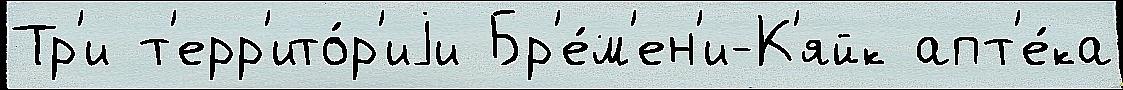
Тр'и т'ерр'ито́р'иjи Бр'е́м'ен'и-К'яйк апт'е́ка